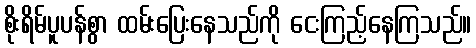
စိုးရိမ်ပူပန်စွာ ထမ်းပြေးနေသည်ကို ငေးကြည့်နေကြသည်။